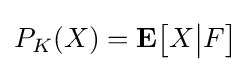
P_{K}(X)=\mathbf {E} {\big [}X{\big |}F{\big ]}